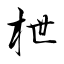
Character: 枻